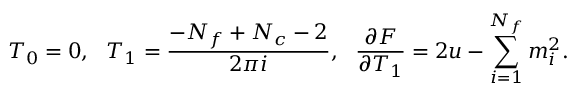
T _ { 0 } = 0 , \ \ T _ { 1 } = \frac { - N _ { f } + N _ { c } - 2 } { 2 \pi i } , \ \ \frac { \partial F } { \partial T _ { 1 } } = 2 u - \sum _ { i = 1 } ^ { N _ { f } } m _ { i } ^ { 2 } .